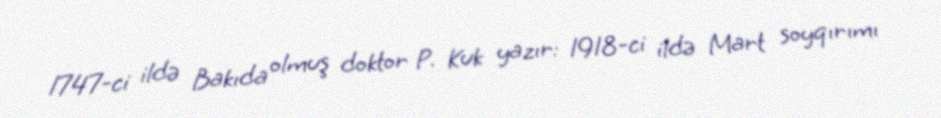
1747-ci ildə Bakıda olmuş doktor P. Kuk yazır: 1918-ci ildə Mart soyqırımı